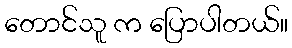
တောင်သူ က ပြောပါတယ်။